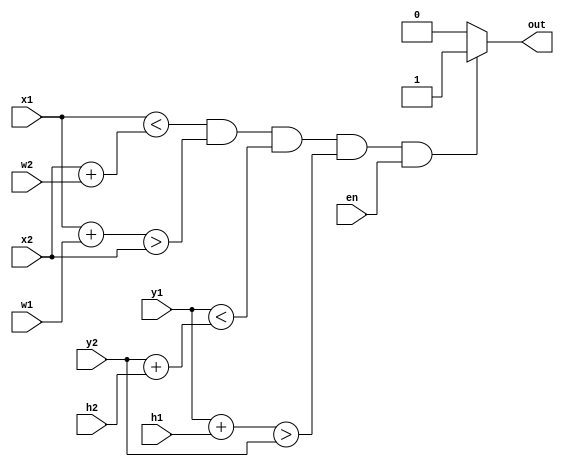
`timescale 1ns / 1ps
//////////////////////////////////////////////////////////////////////////////////
// Company: 
// Engineer: 
// 
// Design Name: 
// Module Name: is_collide
// Project Name: 
// Target Devices: 
// Tool Versions: 
// Description: 
// 
// Dependencies: 
// 
// Revision:
// Revision 0.01 - File Created
// Additional Comments:
// 
//////////////////////////////////////////////////////////////////////////////////


module is_collide(//P_12S
    input en,//en is 0 output
    input [8:0]x1,
    input [8:0]y1,
    input [8:0]x2,
    input [8:0]y2,
    input [8:0]w1,
    input [8:0]h1,
    input [8:0]w2,
    input [8:0]h2,
    output out
    );
    assign out = ((x1 < x2 + w2 && x1 + w1 > x2 && y1 < y2 + h2 && y1 + h1 > y2 ) & en) ? 1:0;

        
endmodule